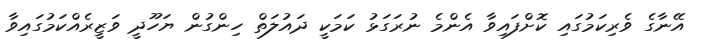
އޭނާގެ ވެރިކަމުގައި ކޮށްފައިވާ އެންމެ ނުރަގަޅު ކަމަކީ ދައުލަތް ހިންގުން ޔަހޫދީ ވަޒީރެއްކަމުގައިވާ